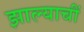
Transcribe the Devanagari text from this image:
झाल्याचीं